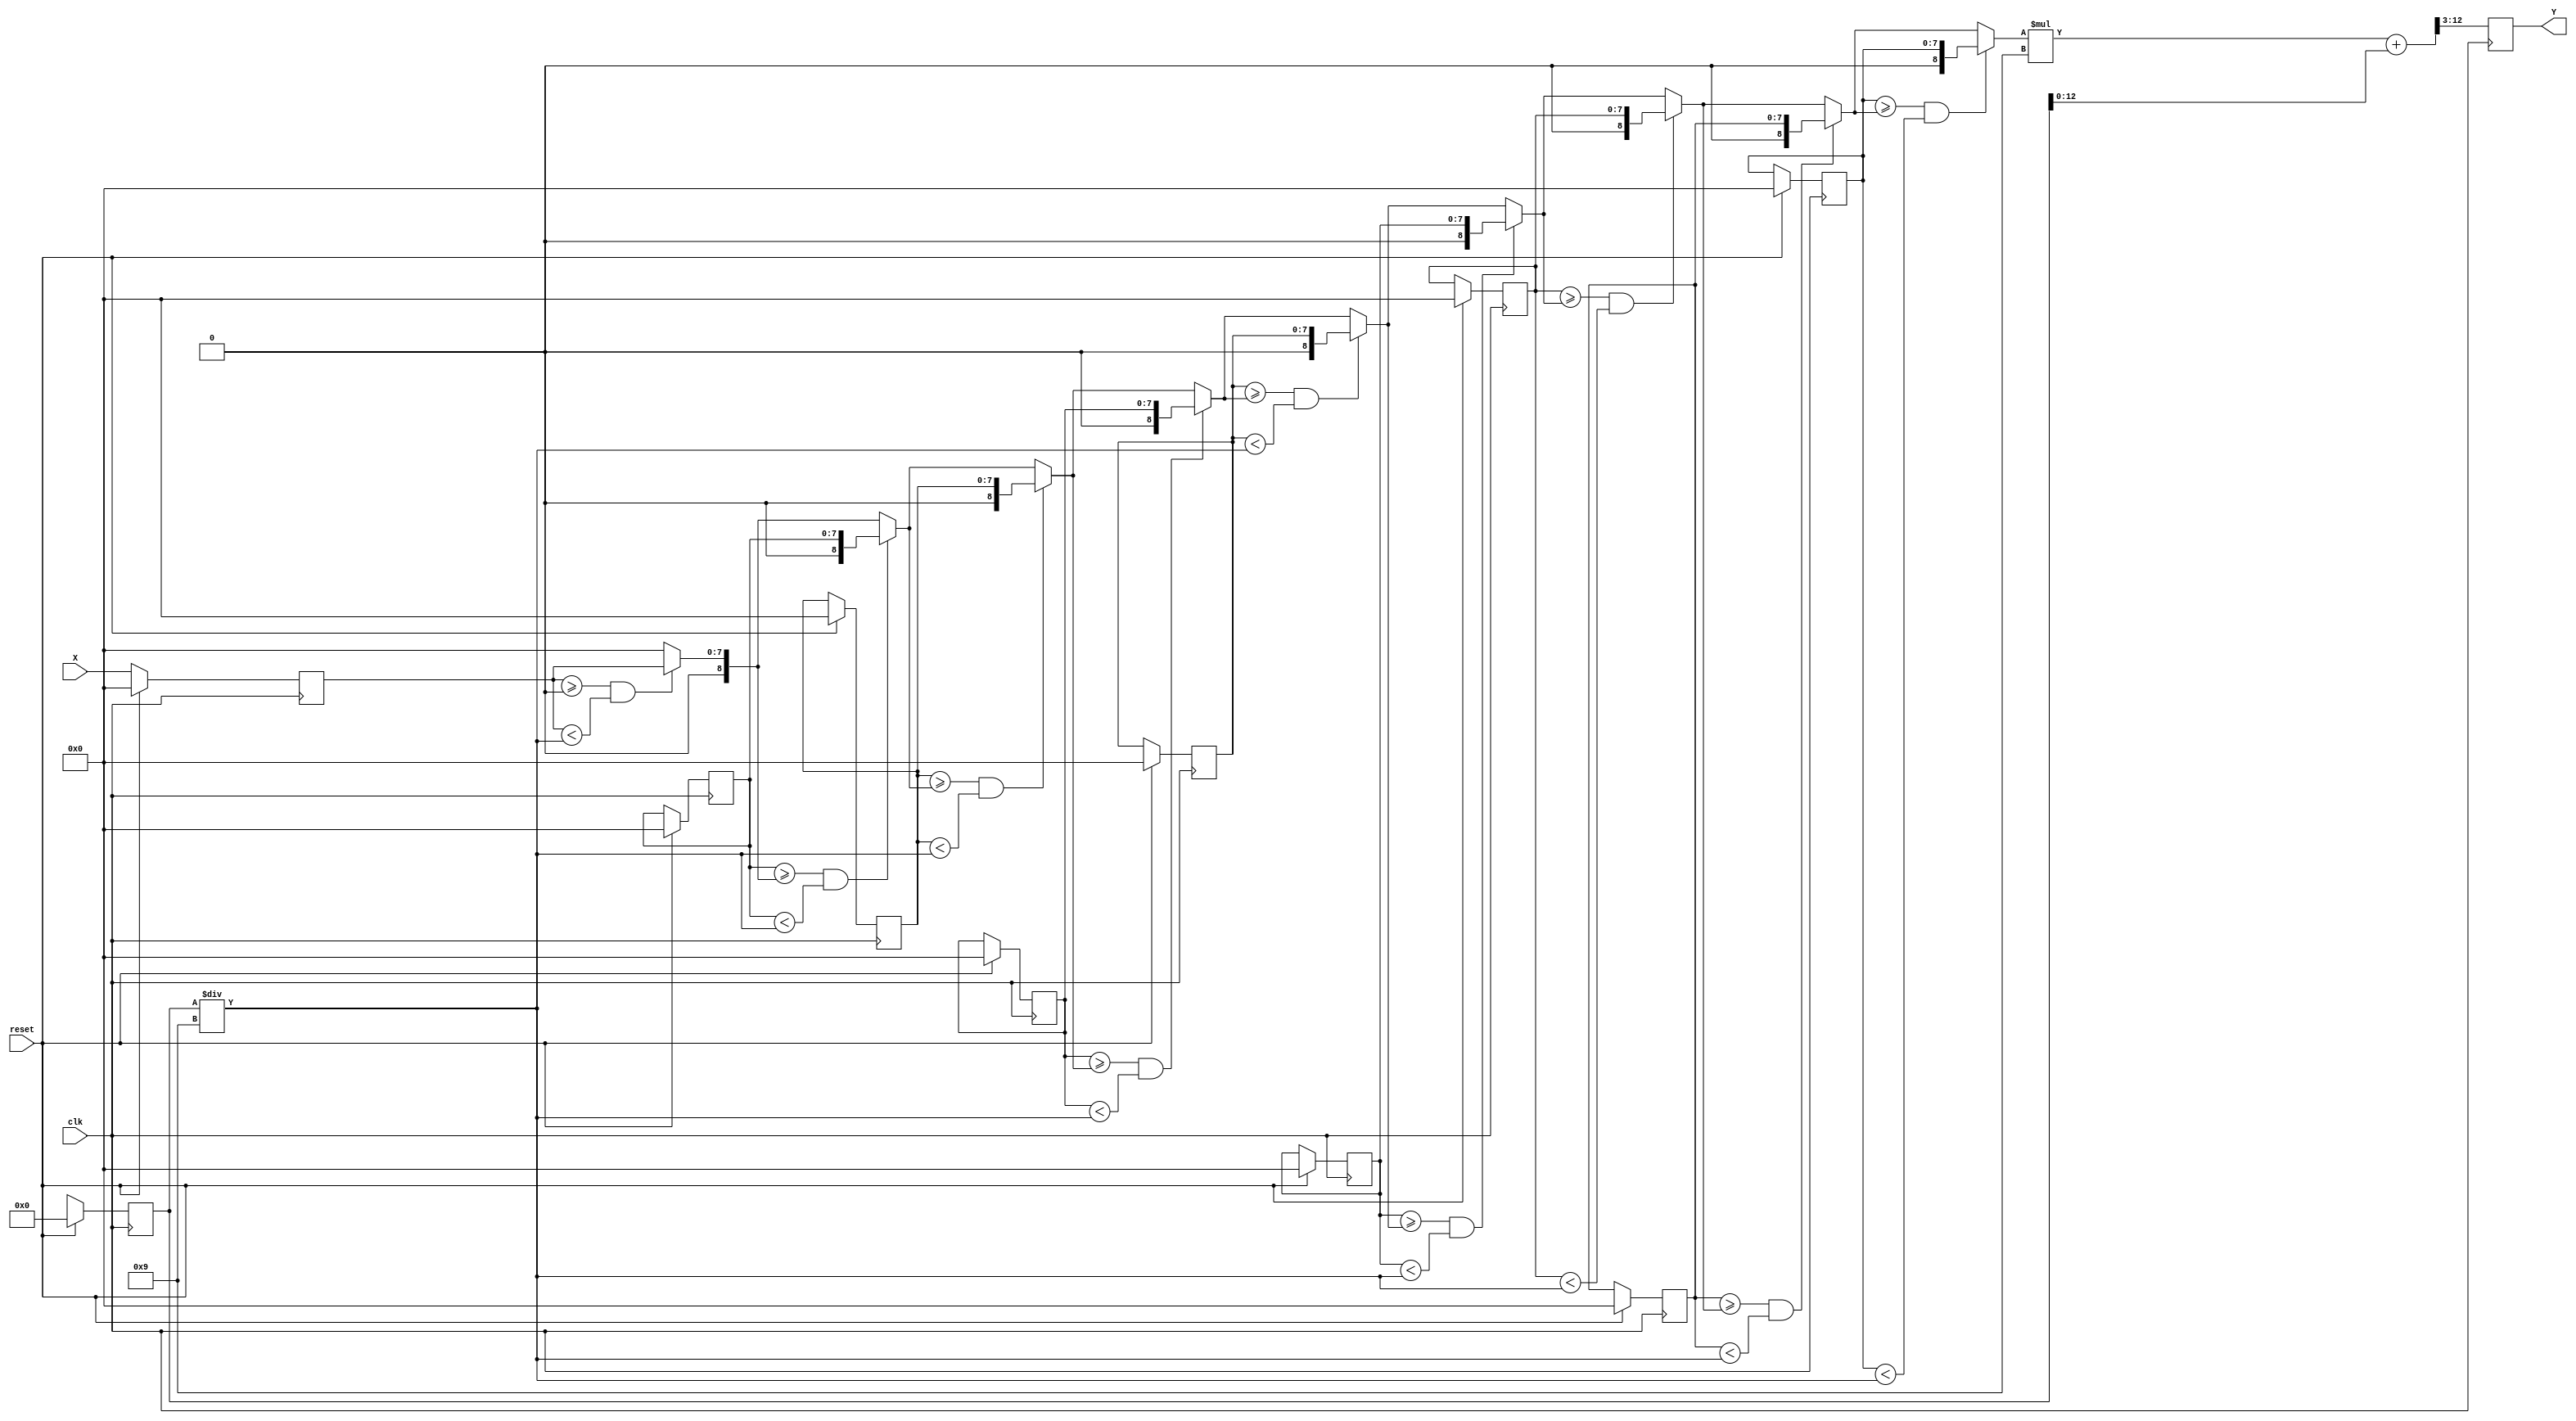
`timescale 1ns/10ps
/*
 * IC Contest Computational System (CS)
*/
module CS(Y, X, reset, clk);

input clk, reset; 
input [7:0] X;
output reg[9:0] Y;

  reg [15:0] sum;   // 32-bit accumulator to store the sum
  reg [7:0] X_Series[8:0];
  reg [8:0] APaverage;
  integer i;

//equation 1,2
  always @(posedge clk) begin
    if (reset) begin
      sum <= 0;
      for(i=0; i<9; i=i+1)begin
      X_Series[i]<=0;
    end
  end
    else begin
      for(i=0; i<9; i=i+1)
      // Accumulate the sum
      X_Series[0]<=X;
      sum <= sum + X_Series[i];
    end
  end

  always @(*) begin
    APaverage = 0;
        for(i=0; i<9; i=i+1)
            if( X_Series[i] >= APaverage && X_Series[i]<(sum/9))begin //X
            APaverage = X_Series[i];
            end
  end 

  always @(negedge clk)begin
    Y <= ((APaverage*9)+sum)>>3;
  end

endmodule